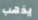
يذهب